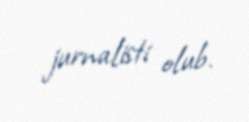
jurnalisti olub.